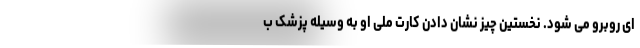
ای روبرو می شود. نخستین چیز نشان دادن کارت ملی او به وسیله پزشک ب